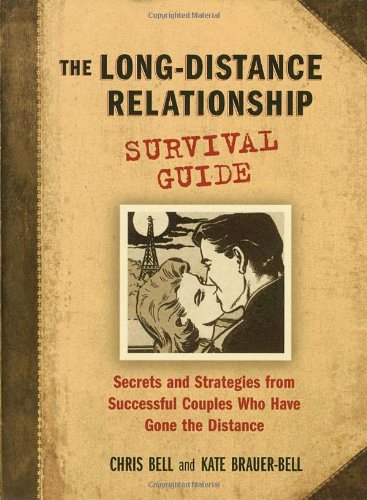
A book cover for The Long-Distance Relationship Survival Guide; Chris Bell; Parenting & Relationships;